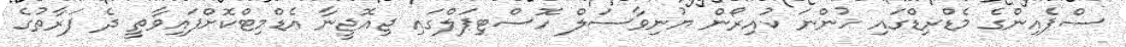
ސްޕެއިންގެ މެޑްރިޑްގައި ހުންނަ ކުއިރޯން ޔުނިވާސަލް ހޮސްޓިޕަލްގައި ޖިއޮޖީނާ އެޑްމިޓްކޮށްފައިވާތީ ދެ ފަރާތުގެ